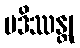
ပဒိဿန္တု